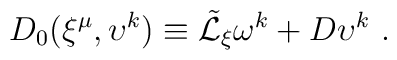
D_0 (\xi^{\mu},\upsilon^k ) \equiv{\tilde {\cal L}}_\xi \omega^k   +  D\upsilon^k    \ .